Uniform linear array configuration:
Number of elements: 12
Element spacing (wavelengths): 0.75
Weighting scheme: blackman
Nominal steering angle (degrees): -45
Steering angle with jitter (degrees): -43.826
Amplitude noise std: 0.05
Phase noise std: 0.05

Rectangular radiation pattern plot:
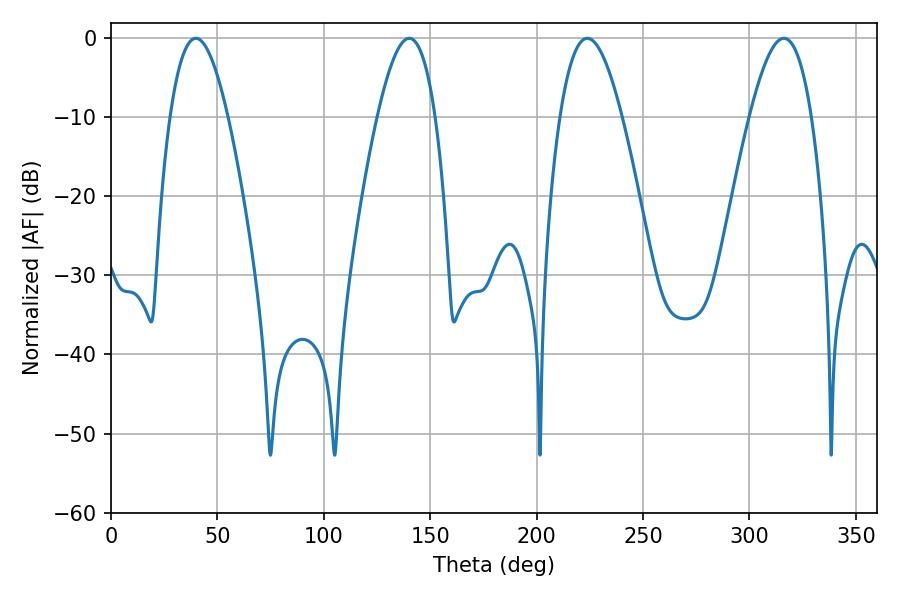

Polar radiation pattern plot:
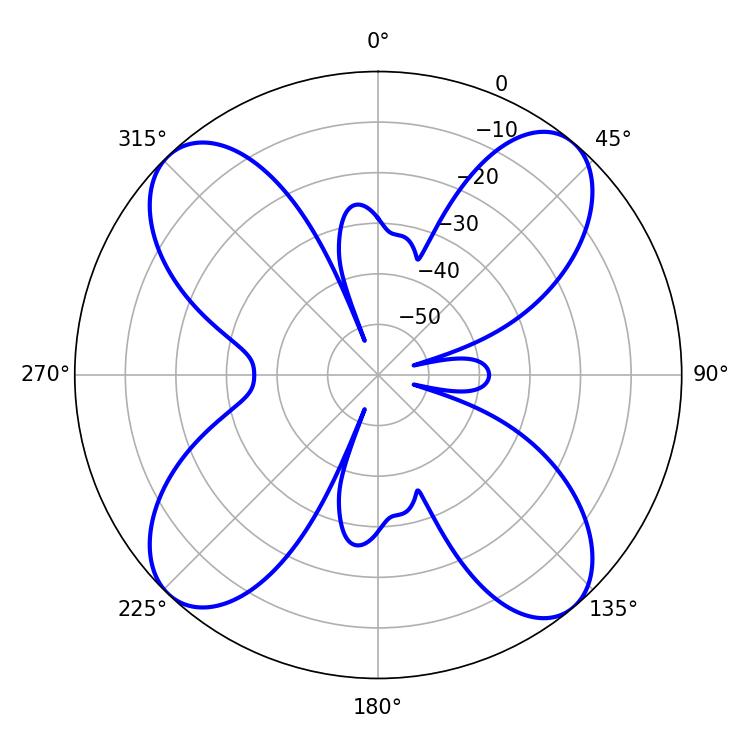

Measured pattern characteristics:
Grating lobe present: TRUE
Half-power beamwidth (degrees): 15.84
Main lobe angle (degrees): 223.74